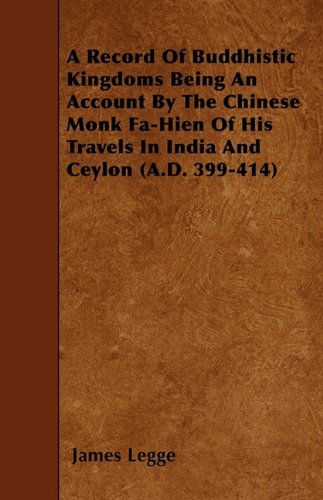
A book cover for A Record Of Buddhistic Kingdoms Being An Account By The Chinese Monk Fa-Hien Of His Travels In India And Ceylon (A.D. 399-414); James Legge; Travel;